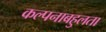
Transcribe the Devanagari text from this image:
कल्पनाबहुलता